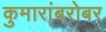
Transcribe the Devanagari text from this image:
कुमारांबरोबर